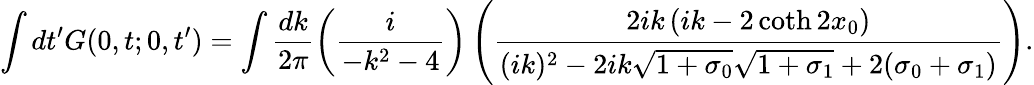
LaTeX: \int dt^{\prime}G(0,t;0,t^{\prime})=\int\frac{dk}{2\pi}\left(\frac{i}{-k^{2}-4}\right)\left(\frac{2ik\left(ik-2\coth 2x_{0}\right)}{(ik)^{2}-2ik\sqrt{1+\sigma_{0}}\sqrt{1+\sigma_{1}}+2(\sigma_{0}+\sigma_{1})}\right).